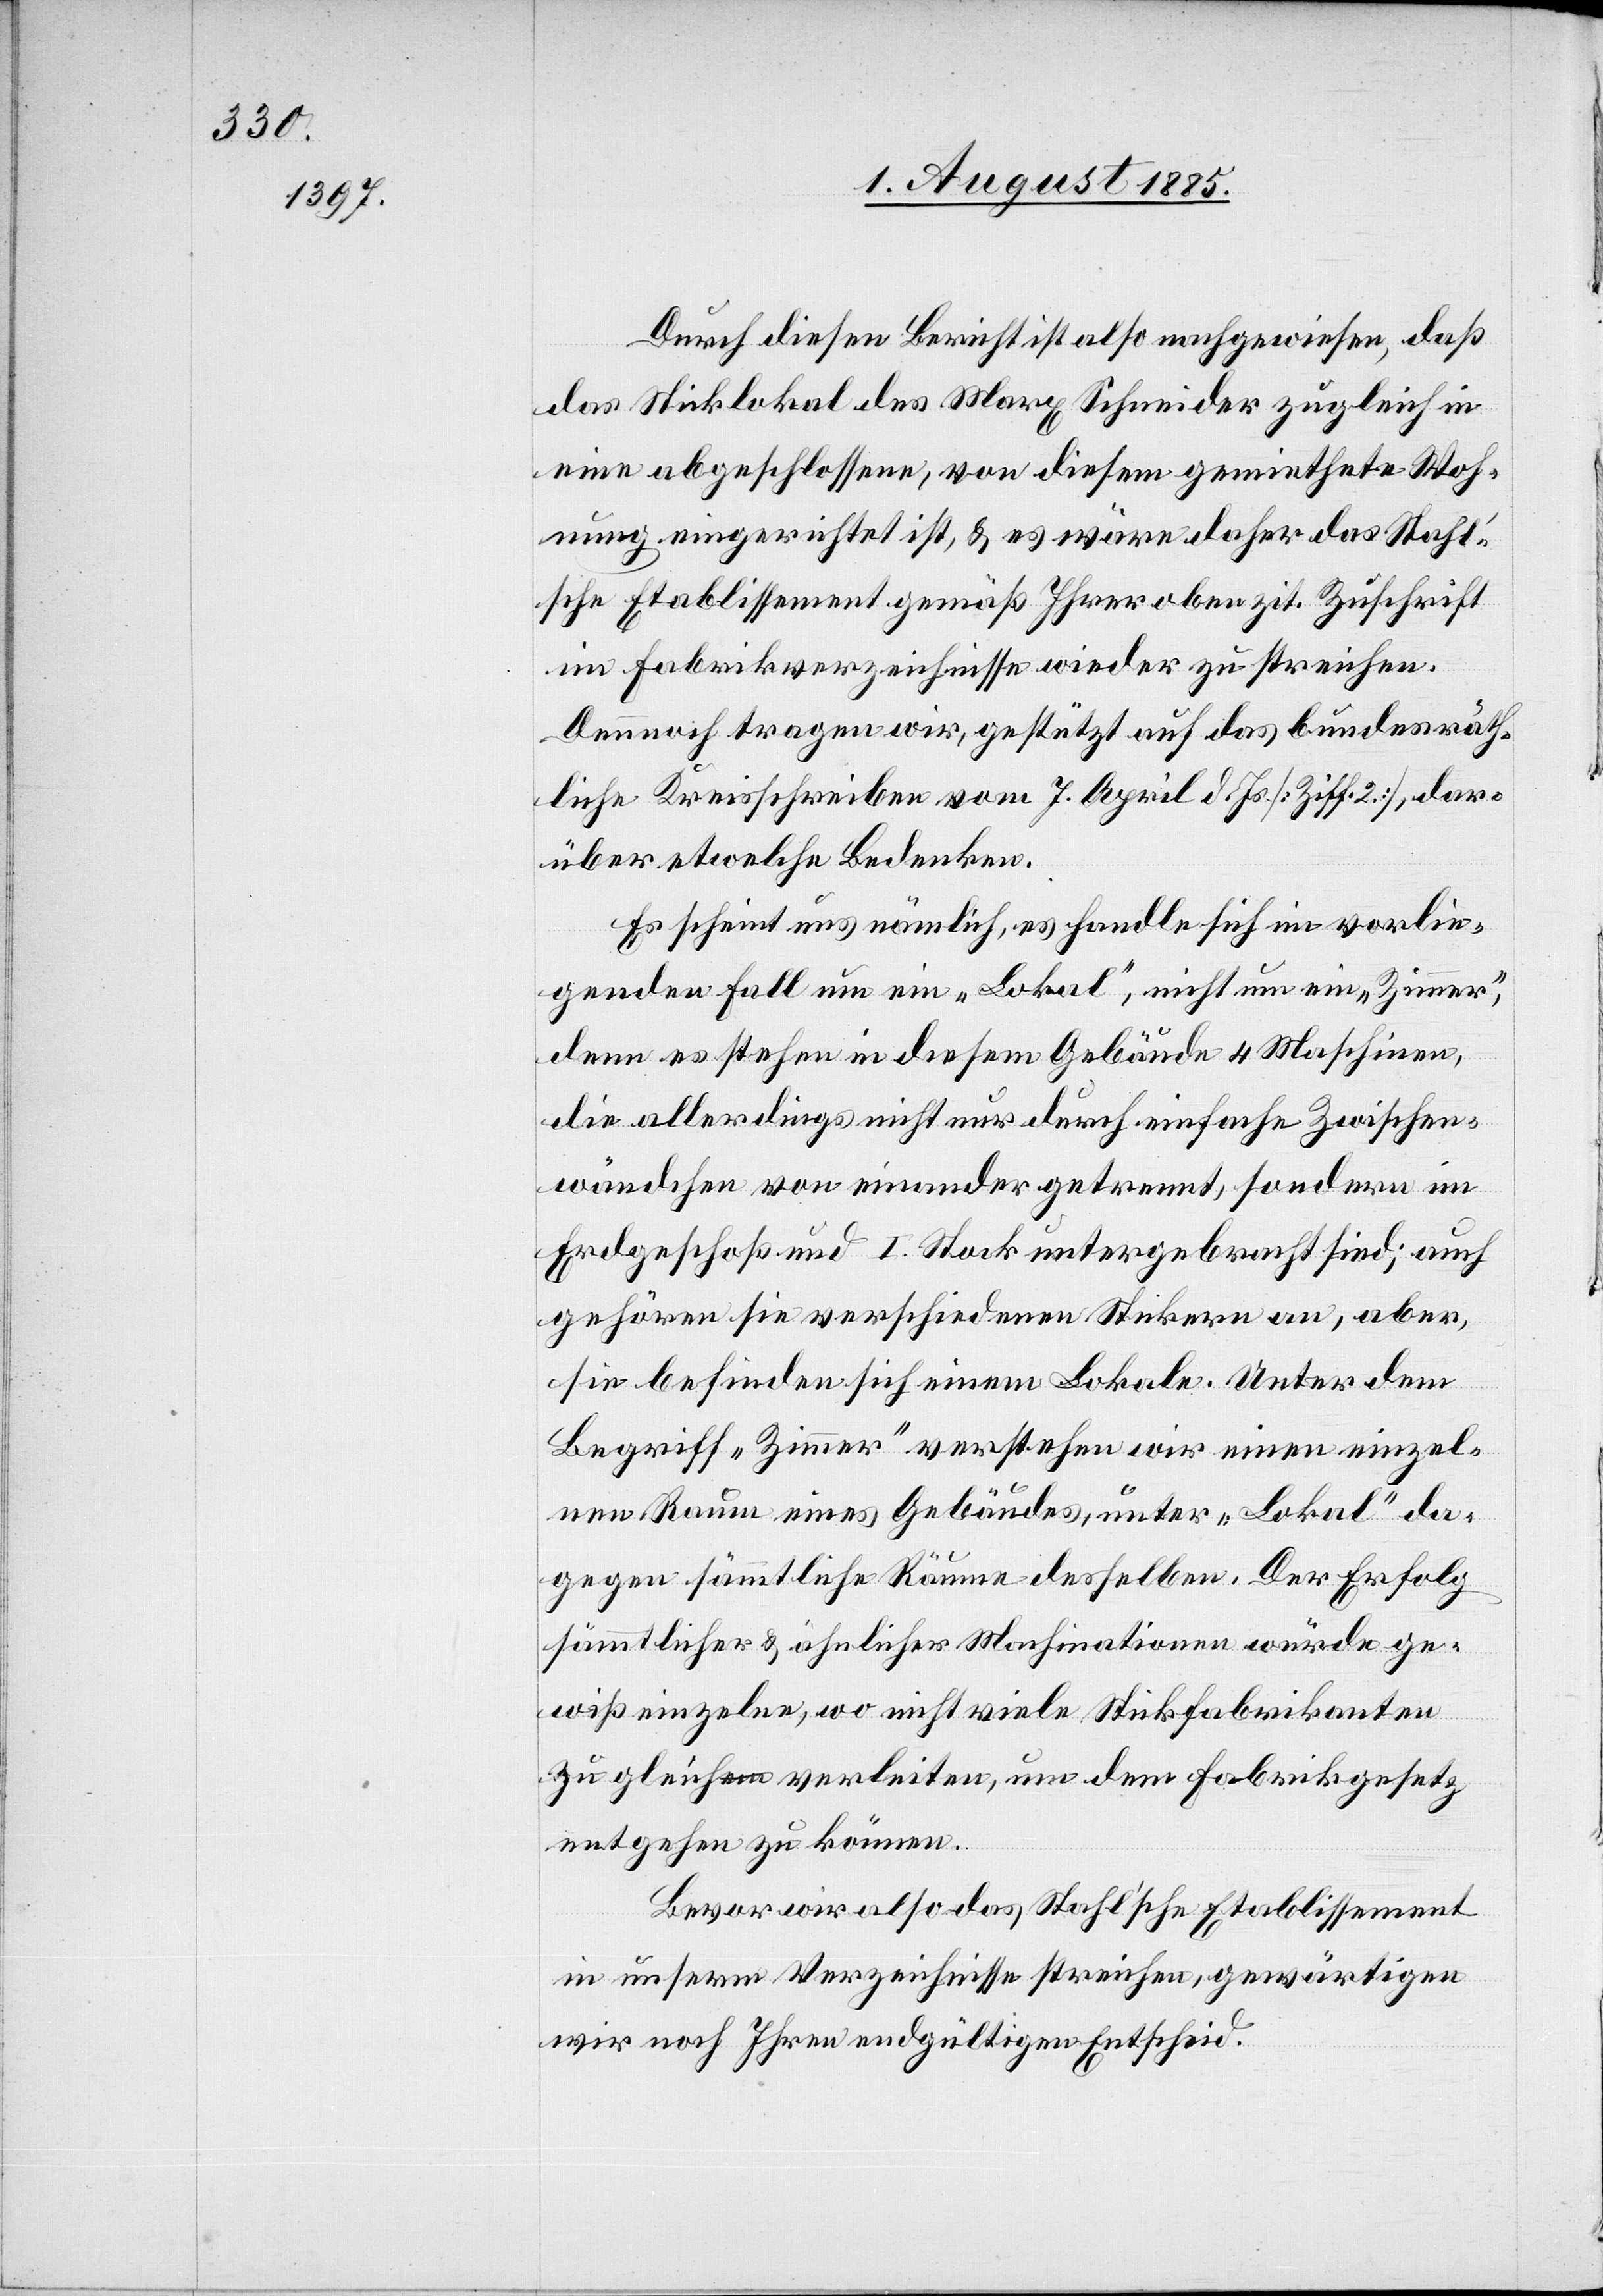
Durch diesen Bericht ist also nachgewiesen, daß
das Sticklokal des Marx Schneider zugleich in
eine abgeschlossene, von diesem gemiethete Woh¬
nung eingerichtet ist, & es wäre daher das Stahl‘s¬
che Etablissement gemäß Ihrer oben zit. Zuschrift
im Fabrikverzeichnisse wieder zu streichen.
Dennoch tragen wir, gestützt auf das bundesräth¬
liche Kreisschreiben vom 7. April d. Js. [Ziff. 2], dar¬
über etwelche Bedenken.
Es scheint uns nämlich, es handle sich im vorlie¬
genden Fall um ein „Lokal“, nicht um ein „Zimmer“,
denn es stehen in diesem Gebäude 4 Maschinen,
die allerdings nicht nur durch einfache Zwischen¬
wändchen von einander getrennt, sondern im
Erdgeschoß und I. Stock untergebracht sind; auch
gehören sie verschiedenen Stickern an, aber,
sie befinden sich [in] einem Lokale. Unter dem
Begriff „Zimmer“ verstehen wir einen einzel¬
nen Raum eines Gebäudes, unter „Lokal“ da¬
gegen sämmtliche Räume desselben. Der Erfolg
sämmtlicher & ähnlicher Machinationen würde ge¬
wiß einzelne, wo nicht viele Stickfabrikanten
zu gleichem verleiten, um dem Fabrikgesetz
entgehen zu können.
Bevor wir also das Stahl’sche Etablissement
in unserm Verzeichnisse streichen, gewärtigen
wir noch Ihren endgültigen Entscheid.